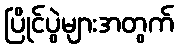
ပြိုင်ပွဲများအတွက်